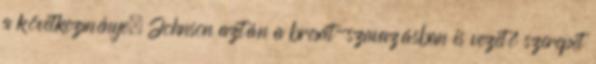
a következménye. Johnson aztán a brexit-szavazásban is vezető szerepet